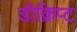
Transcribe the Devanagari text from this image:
डीक्रिप्ट